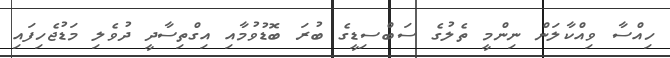
ހިއްސާ ވިއްކާލަން ނިންމީ ތެލުގެ ސަބްސިޑީގެ ބުރަ ބޮޑުވުމާއި އިގްތިސާދީ ދުވެލި މަޑުޖެހިފައި